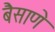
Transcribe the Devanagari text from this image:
बैसाणे